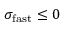
\sigma _ { \mathrm { f a s t } } \le 0